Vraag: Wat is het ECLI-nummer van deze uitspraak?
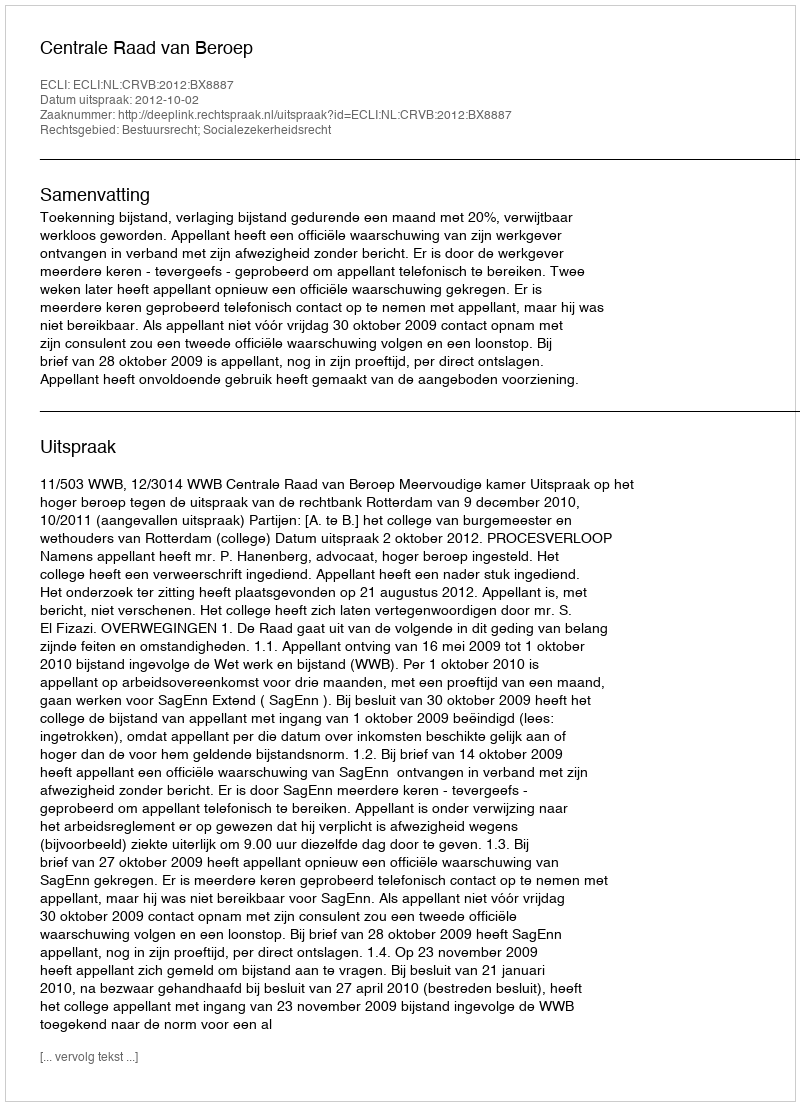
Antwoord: ECLI:NL:CRVB:2012:BX8887